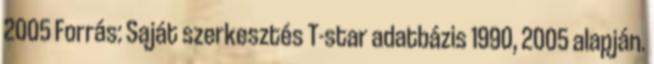
2005 Forrás: Saját szerkesztés T-star adatbázis 1990, 2005 alapján.